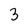
Character: 3